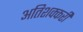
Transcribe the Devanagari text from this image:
अतिशक्करी